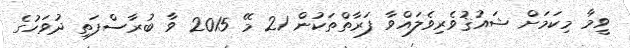
ވީމާ މިކަމަށް ޝައުޤުވެރިވެލައްވާ ފަރާތްތަކުން 21 މޭ 2015 ވާ ބުރާސްފަތި ދުވަހުގެ